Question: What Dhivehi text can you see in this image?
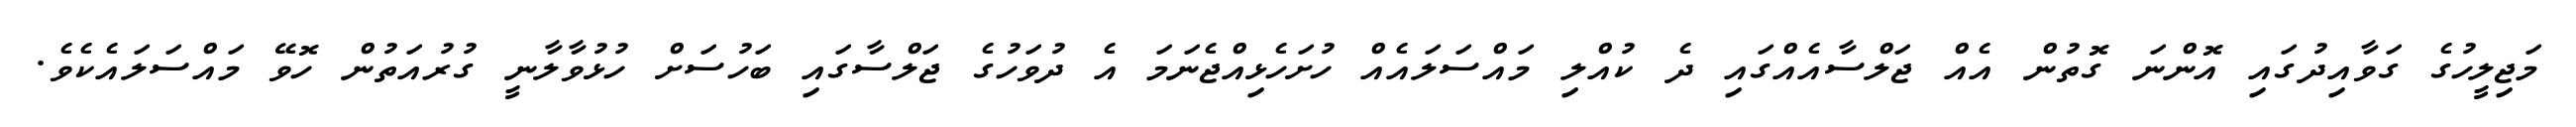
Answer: މަޖިލީހުގެ ގަވާއިދުގައި އޮންނަ ގޮތުން އެއް ޖަލްސާއެއްގައި ދެ ކުއްލި މައްސަލައެއް ހުށަހެޅިއްޖެނަމަ އެ ދުވަހުގެ ޖަލްސާގައި ބަހުސަށް ހުޅުވާލާނީ ގުރުއަތުން ހޮވޭ މައްސަލައެކެވެ.